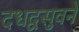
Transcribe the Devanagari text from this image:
दधद्वसुवने